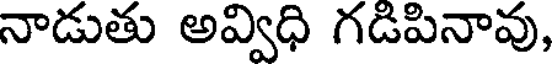
నాడుతు అవ్విధి గడిపినావు,